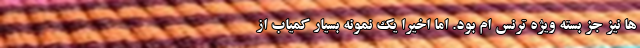
ها نیز جز بسته ویژه ترنس ام بود. اما اخیرا یک نمونه بسیار کمیاب از